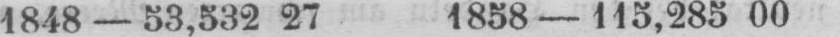
1848 - 53,532 27 1858 - 115‚285 00